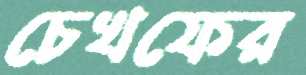
চেখফের